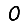
Digit: 0